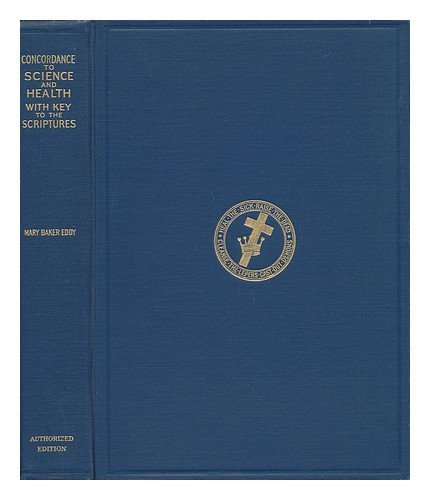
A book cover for A complete concordance to science and health with key to the scriptures: Together with an index to the marginal headings and a list of the scriptural ... and health as finally revised by its author; Mary Baker Eddy; Christian Books & Bibles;